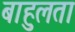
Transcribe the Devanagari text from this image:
बाहुलता